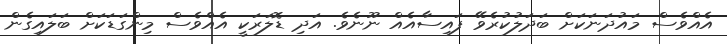
އެއްވެސް މައުދަނަކަށް ބަދަލުކުރެވޭ ފައިސާއެއް ނޫނެވެ. އަދި ޑޮލަރަކީ އެއްވެސް މިންގަޑަކަށް ބަލައިގެން